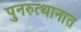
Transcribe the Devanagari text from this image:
पुनरुत्थानात